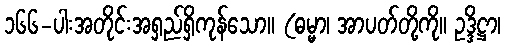
၁၆၆-ပါးအတိုင်းအရှည်ရှိကုန်သော။ (ဓမ္မာ၊ အာပတ်တို့ကို။ ဥဒ္ဒိဋ္ဌာ၊